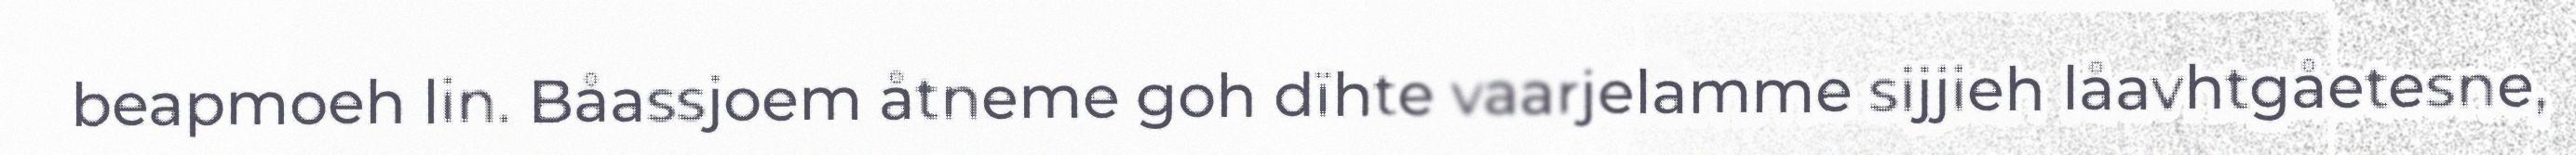
beapmoeh lin. Båassjoem åtneme goh dïhte vaarjelamme sijjieh låavhtgåetesne,